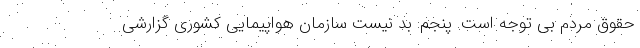
حقوق مردم بی توجه است. پنجم: بد نیست سازمان هواپیمایی کشوری گزارشی